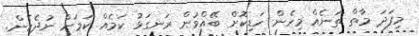
މިފަދަ މާތް ތަނެއް މިހެން ހަޑިކޮށް ބޭއްވުން ރަނގަޅު ކަމެއް ކަމަށް ނުދެކެން.